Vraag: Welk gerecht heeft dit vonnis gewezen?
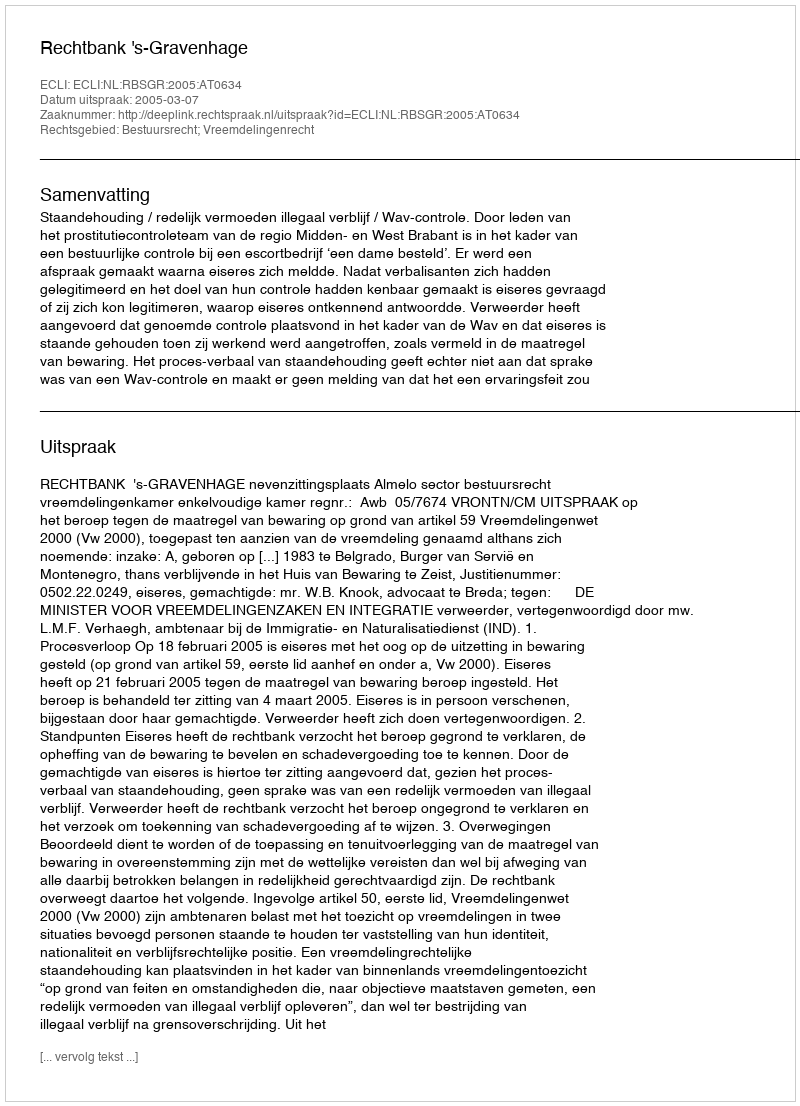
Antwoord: Rechtbank 's-Gravenhage